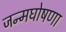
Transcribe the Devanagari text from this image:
जन्मघोषणा